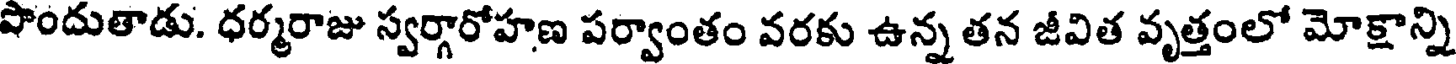
పొందుతాడు. ధర్మరాజు స్వర్గారోహణ పర్వాంతం వరకు ఉన్న తన జీవిత వృత్తంలో మోక్షాన్ని